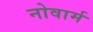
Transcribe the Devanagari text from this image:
नोवार्म